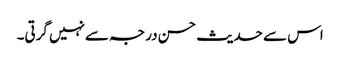
اس سے حدیث حسن درجہ سےنہیں گرتی۔